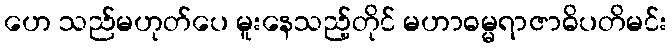
ဟေ သည်မဟုတ်ပေ မူးနေသည့်တိုင် မဟာဓမ္မရာဇာဓိပတိမင်း